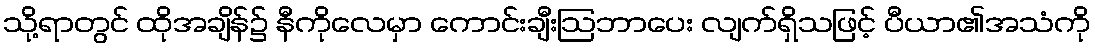
သို့ရာတွင် ထိုအချိန်၌ နီကိုလေမှာ ကောင်းချီးဩဘာပေး လျက်ရှိသဖြင့် ပီယာ၏အသံကို